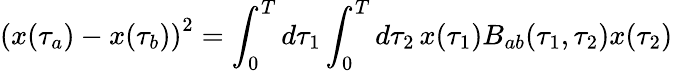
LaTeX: {(x(\tau_{a})-x(\tau_{b}))}^{2}=\int_{0}^{T}d\tau_{1}\int_{0}^{T}d\tau_{2}\, x(\tau_{1})B_{ab}(\tau_{1},\tau_{2})x(\tau_{2})